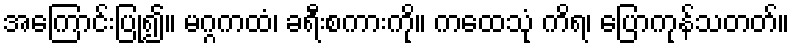
အကြောင်းပြု၍။ မဂ္ဂကထံ၊ ခရီးစကားကို။ ကထေသုံ ကိရ၊ ပြောကုန်သတတ်။